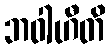
ဘဝါဟီတိ